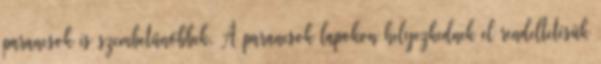
parancsok is szembetűnőbbek. A parancsok lapokon helyezkednek el rendeltetésük